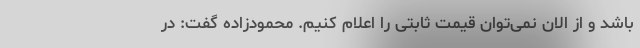
باشد و از الان نمی‌توان قیمت ثابتی را اعلام کنیم. محمودزاده گفت: در